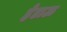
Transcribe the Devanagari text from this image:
हेडाऊ